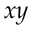
_ { x y }